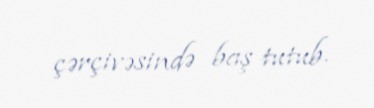
çərçivəsində baş tutub.